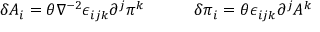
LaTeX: \delta A _ { i } = \theta \nabla ^ { - 2 } \epsilon _ { i j k } \partial ^ { j } \pi ^ { k } \quad \qquad \delta \pi _ { i } = \theta \epsilon _ { i j k } \partial ^ { j } A ^ { k }